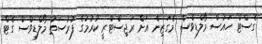
ގެސްޓް ހައުސް މޯލްޑިވްސް މެގަޒިން އަށް ރަޖިސްޓްރީ ކުރުމުގެ ފުރުސަތު މޯލްޑިވްސް ގެޓް